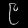
Digit: ၉